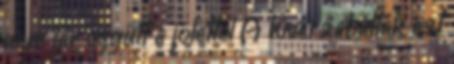
nem jár együtt a jóléttel A hívei zabálták ezt